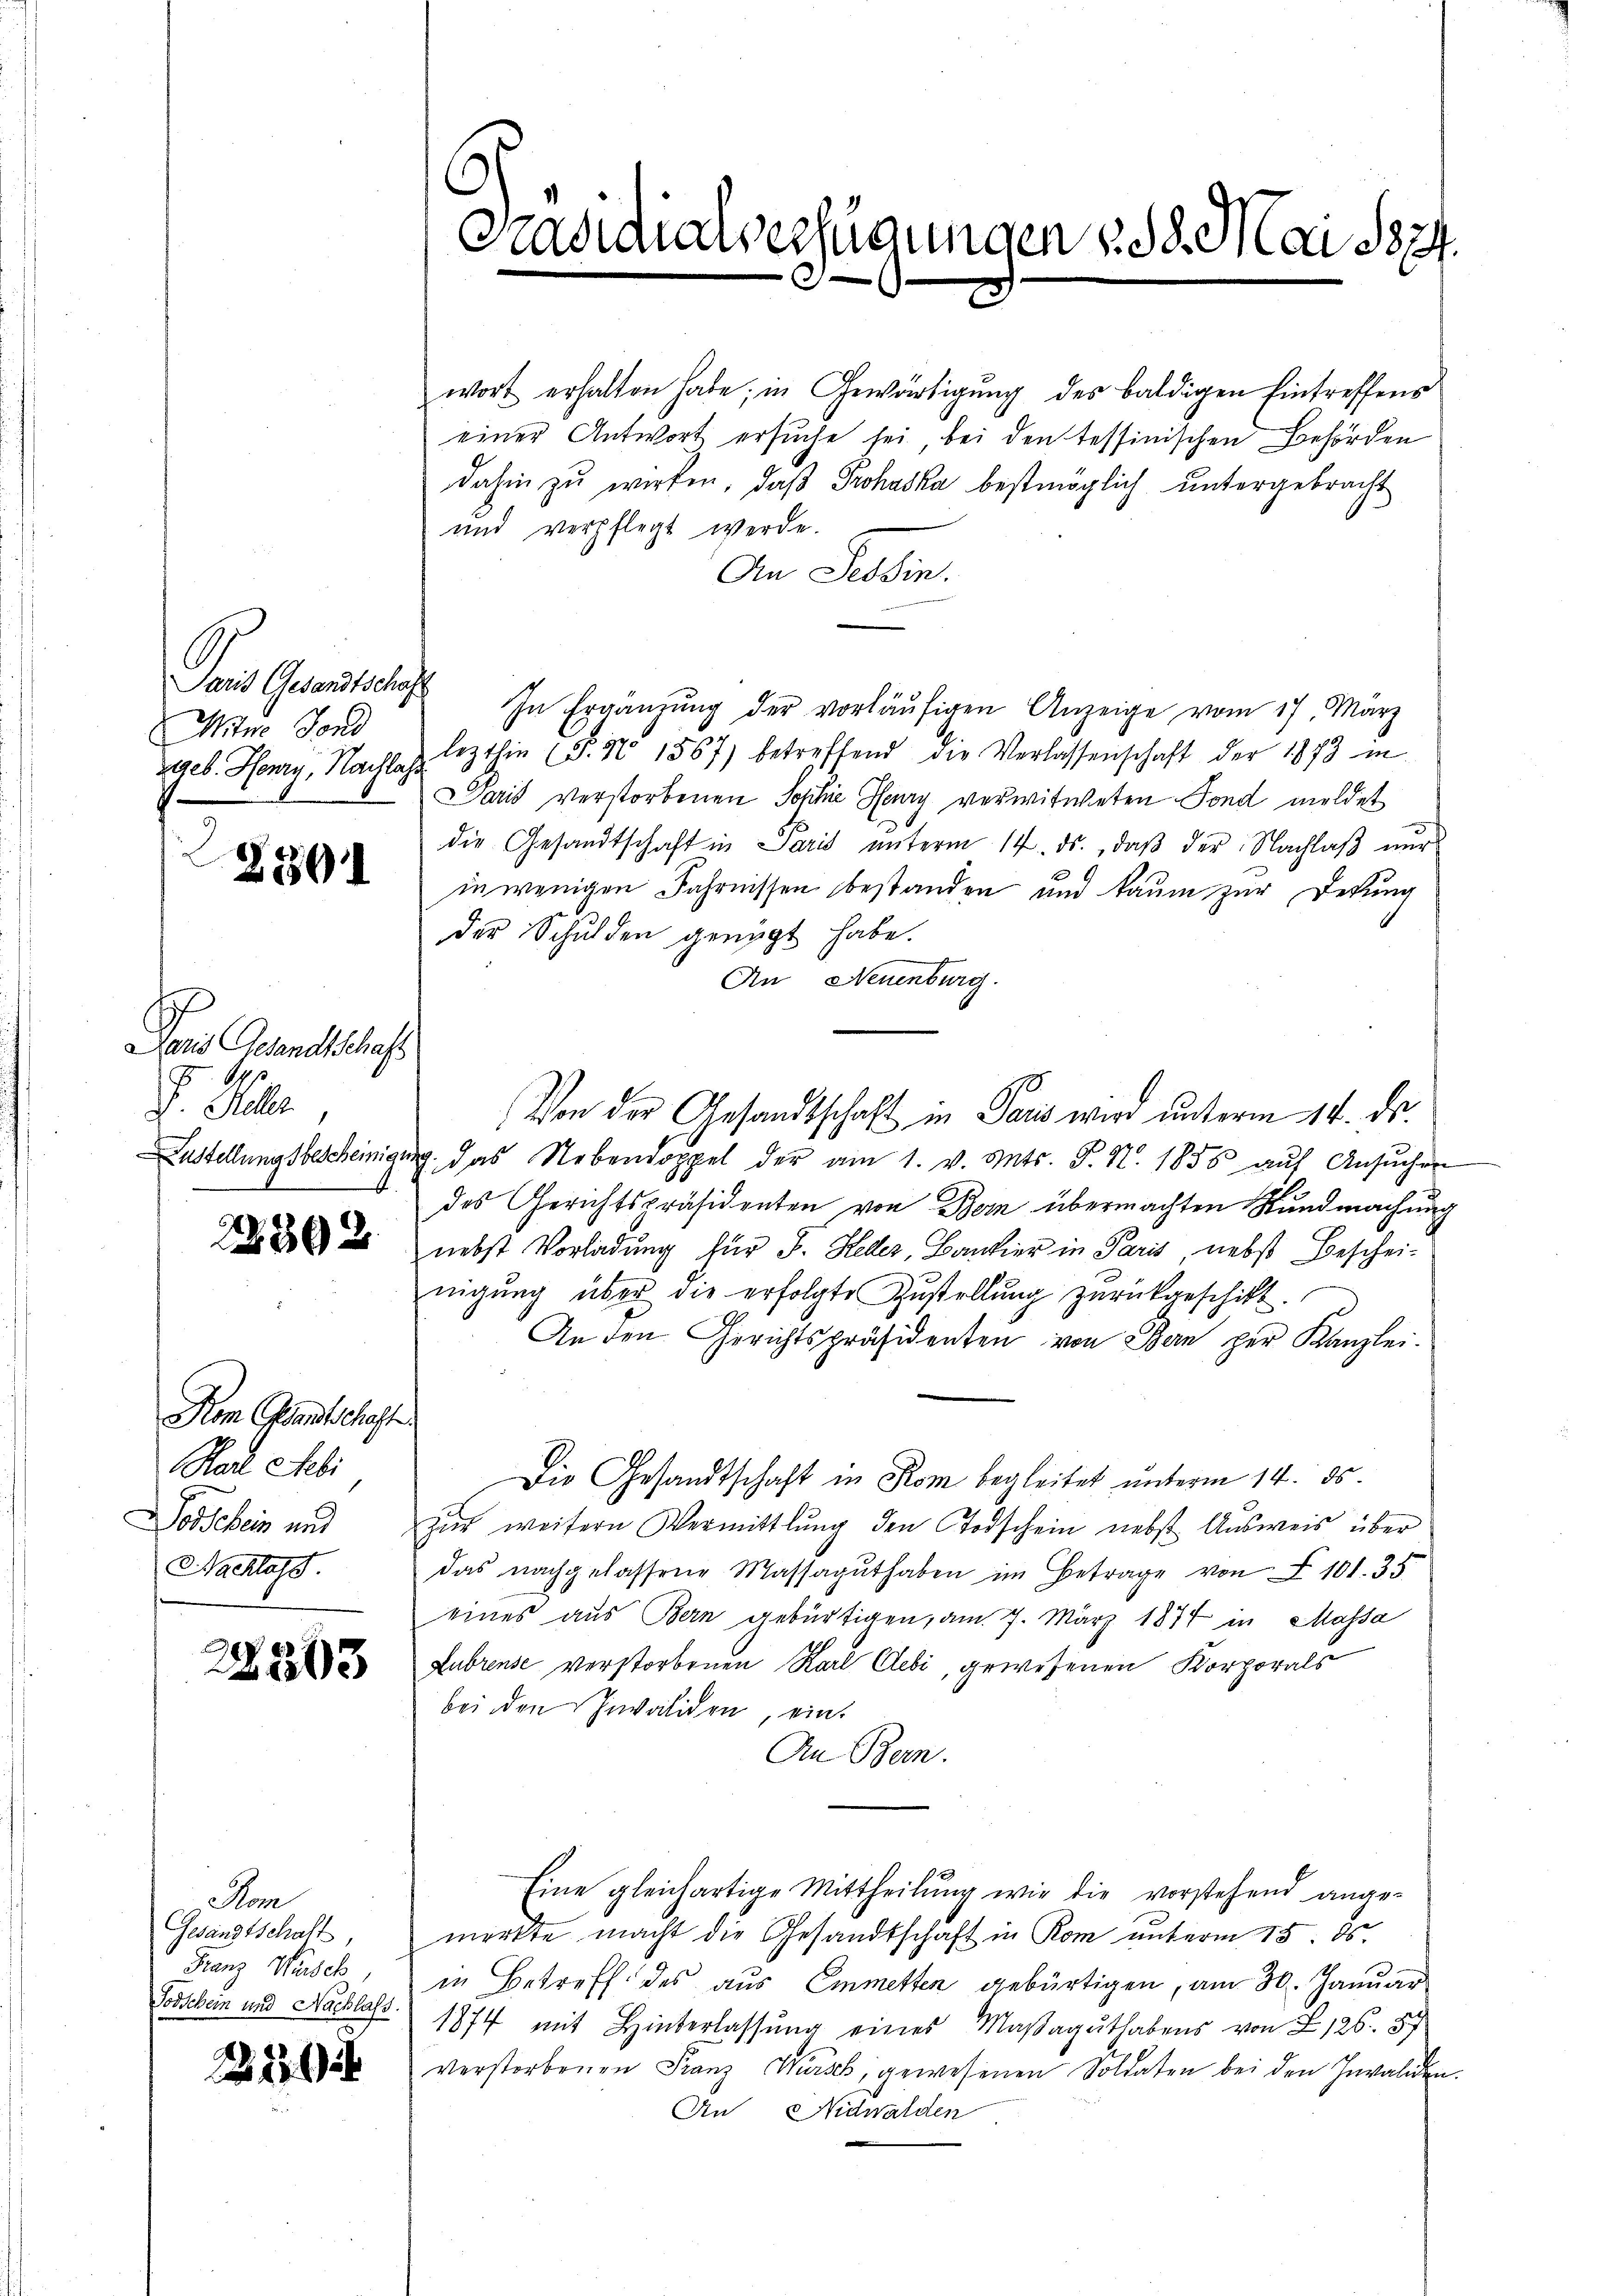
r Herrn
Mitne Fond

2301

Daris Gesandtschaft
F. Helle
.

2302

Kom Bandtschaft
Had eeli
oschein und
Nachlass.

22203

Am
Gesandtschaft,
Franz Wusch,
Todschein und Nachlass.

22

Präsidialverfügungen 138. Mai 1874.

wort erhalten habe; in Gewärtigŭng des baldigen Eintreffens
einer Antwort ersuche sei bei den tessinischen Behörden
dahin zu wirken, daß Prohaska bestmöglich untergebracht
und verpflegt werde.
An Tessin.
In Ergänzŭng der vorläŭfigen Anzeige vom 17. März
geb. Henry, Nachlage lezthin (§. N° 1567) betreffend die Verlassenschaft der 1873 in
Daris verstorbenen Johhie Henry verwitweten Fond meldet
die Gesandtschaft in Paris ŭnterm 14. ds., daβ der Nachlaβ nŭr
in wenigen Fahrnissen bestanden und kaum zur Deckung
der Schulden genügt habe.
An Neuenburg.
Von der Gesandtschaft in Paris wird unterm 14. ds.
Lustellungsbescheinigung das Nebendoppel der am 1. v. Mts. S. N. 1856 aŭf Ansŭchen
des Gerichtspräsidenten von Bern übermachten Kundmachung
nebst Vorladung für J. Heder, Bankier in Paris nebst Beschei-
nigŭng über die erfolgte Zustellŭng zurückgeschickt.
An den Gerichtspräsidenten von Bern per Kanzlei.
Die Gesandtschaft in Rom begleitet unterm 14. ds.
zŭr weitern Vermittlung den Todschein nebst Aŭsweis über
das nachgelassene Massagŭthaben im Betrage von § 101. 35
eines aus Bern gebürtigen, am 7. März 1874 in Massa
Lubrense verstorbenen Karl Cebi, gewesenen Korporals
bei den Invaliden, ein
An Bern.
Eine gleichartige Mittheilung wir die vorstehend ange-
merkte macht die Gesandtschaft in Rom unterm 15. ds.
in Betreff des aus Emmetten gebürtigen, am 30. Januar
1874 mit Hinterlassung eines Maßaguthabens von 126. 87
verstorbenen Franz Wursch, gewesenen Soldaten bei den Invaliden.
An Nidwalden